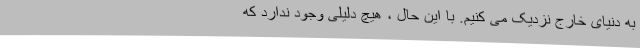
به دنیای خارج نزدیک می کنیم. با این حال ، هیچ دلیلی وجود ندارد که